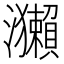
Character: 𤅂